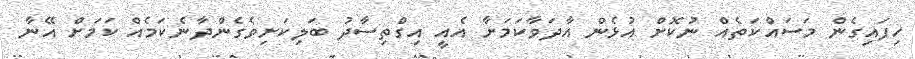
ހިފައިގެން މަސައްކަތެއް ނުކޮށް އުޅެން އާދަވާކަމަށާ އެއީ އިގްތިސާދު ބަލިކަށިވެގެންދާނެކަމެއް ކަމަށް އޭނާ